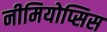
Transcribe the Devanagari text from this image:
नीमियोप्सिस